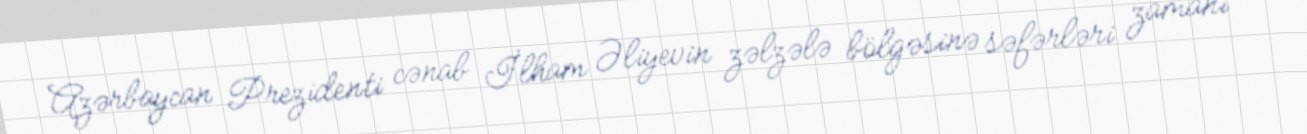
Azərbaycan Prezidenti cənab İlham Əliyevin zəlzələ bölgəsinə səfərləri zamanı